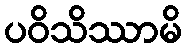
ပဝိသိဿာမိ